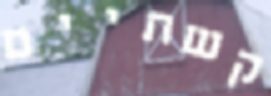
קשתיים